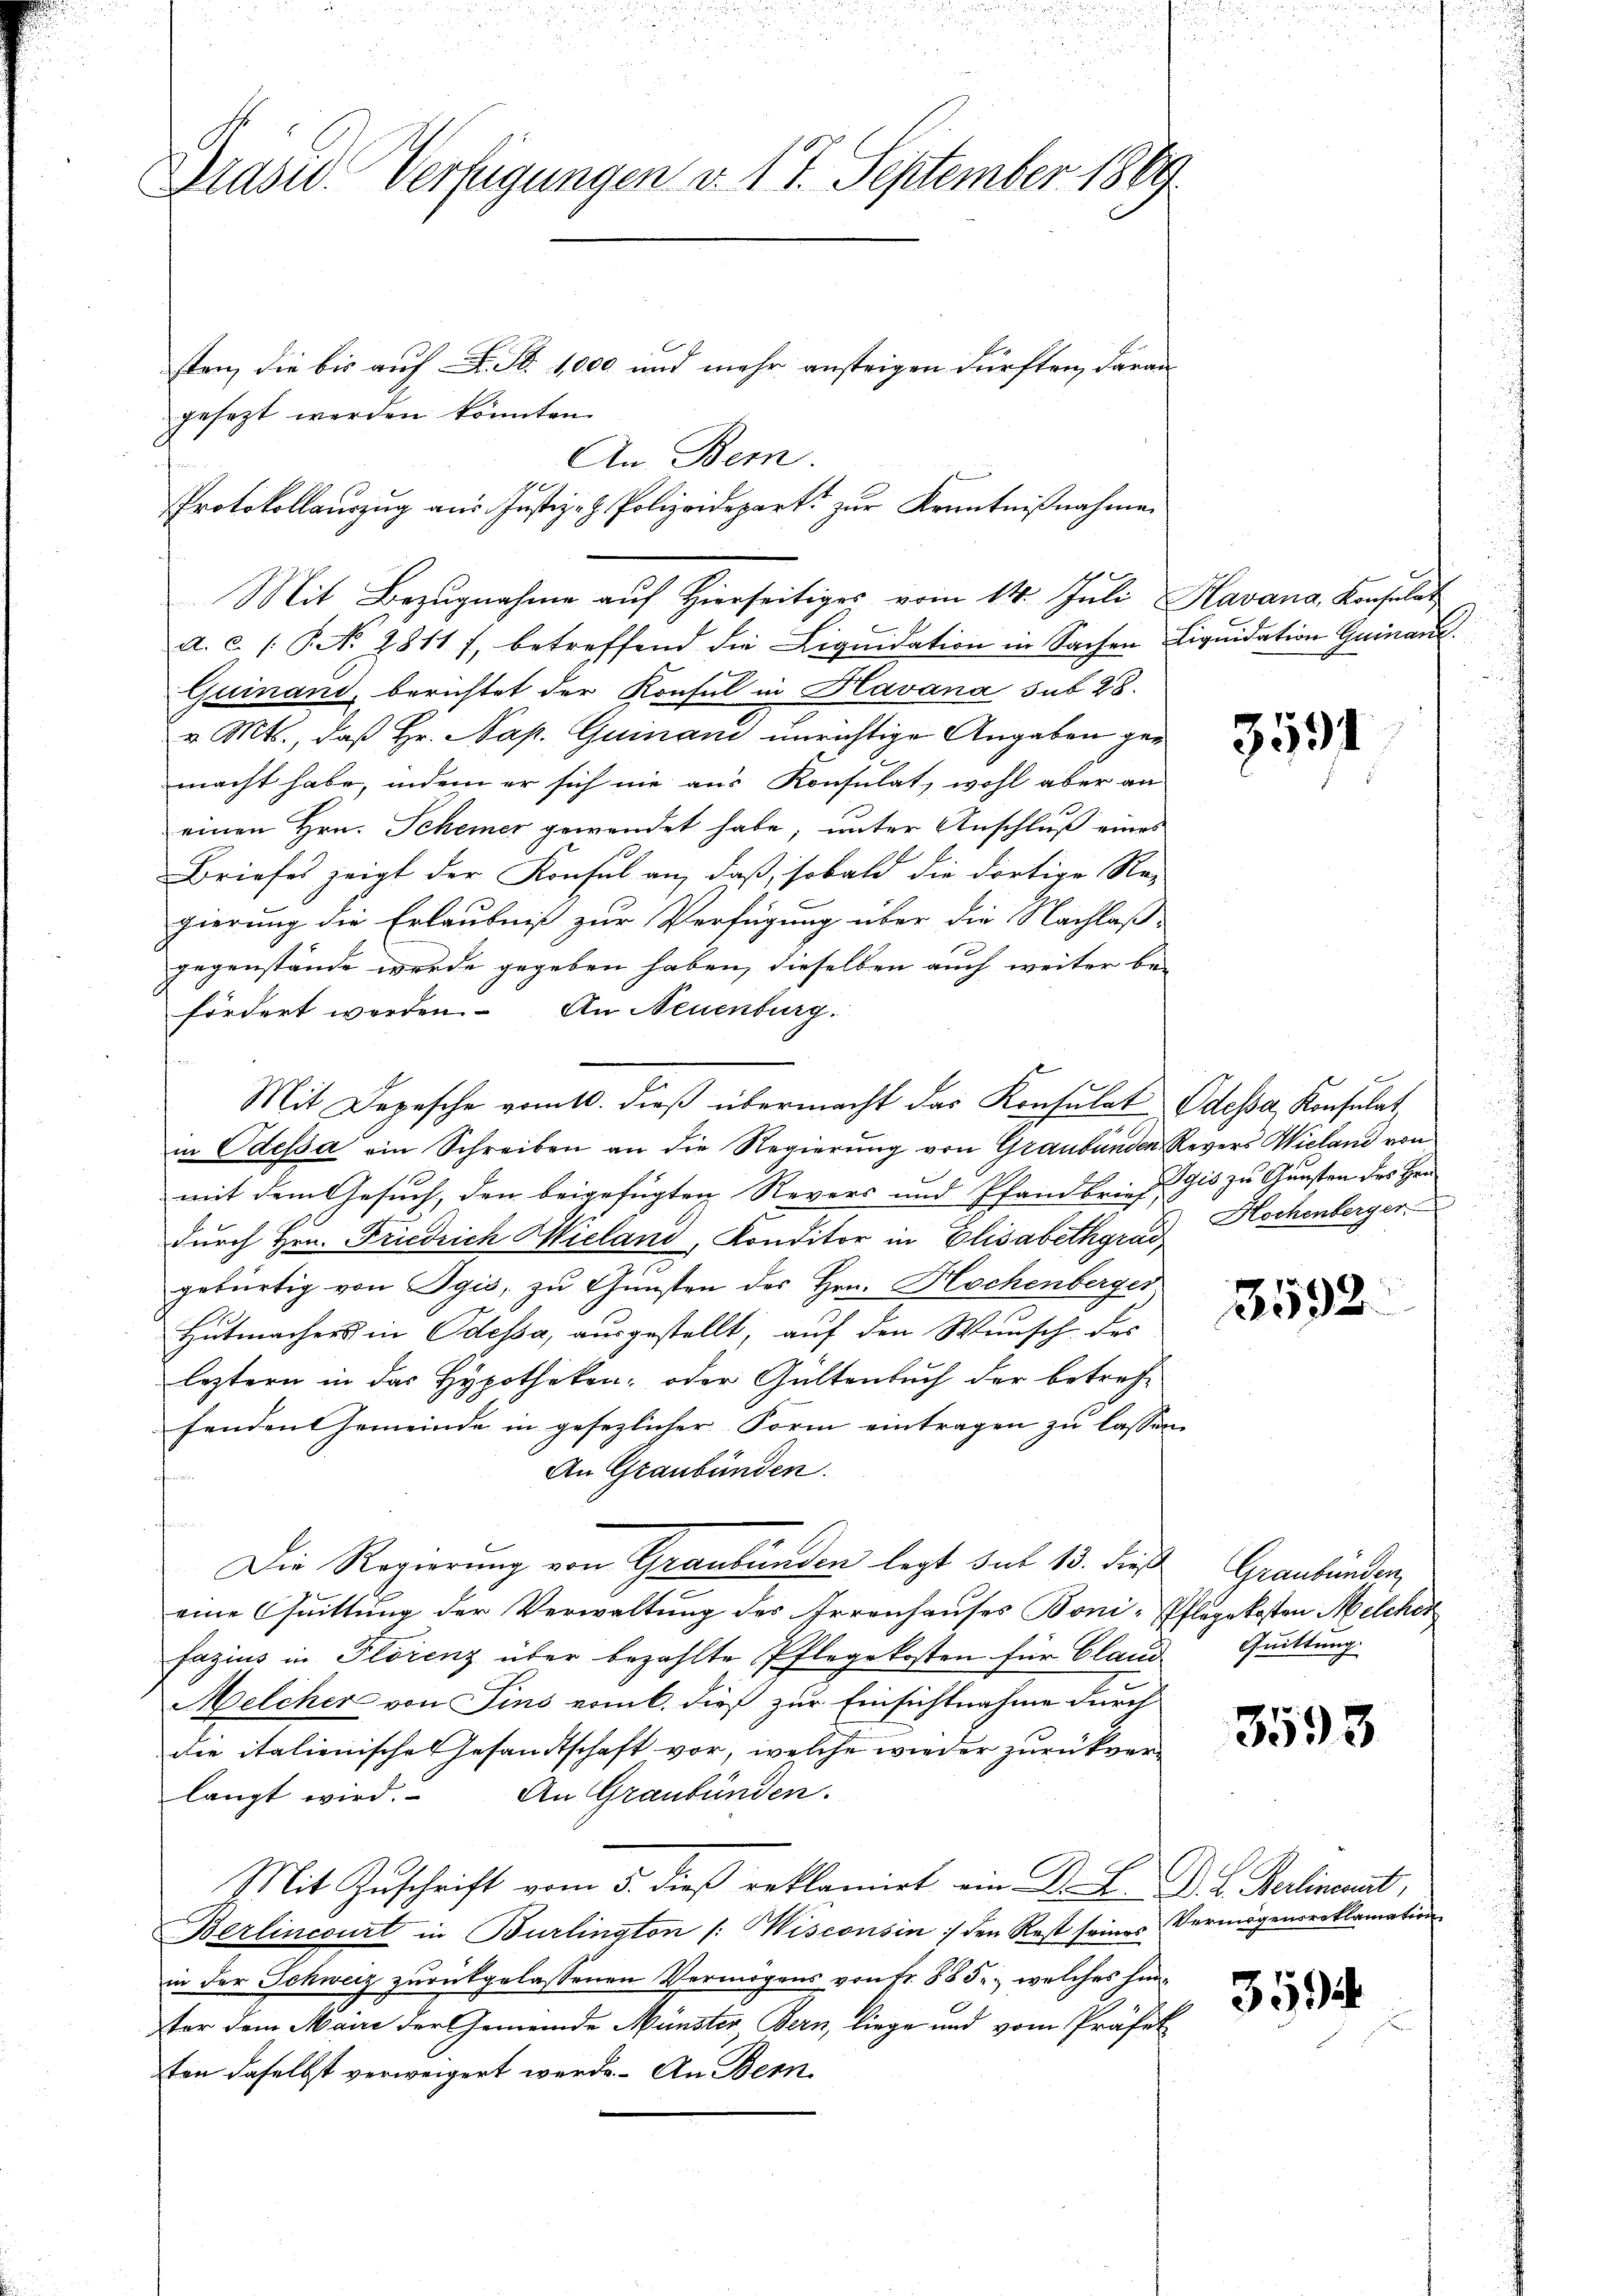
.
Drase. Verfügungen v. 17. September 1869

sten, die bis auf L. S. 1000 und mehr ansteigen dürften, daran
gesezt werden könnten.
An Bern.
Mit Bezugnahme auf Hierseitiges vom 14. Juli, Havana, Konsulat
a. c. /: P. No. 28117, betreffend die Liquidation in Sachen Liquidation Guinanz
Guinand, berichtet der Konsul in Havana sub 28.
v. Mts., daß Hr. Nap. Quinani unrichtige Angaben gemacht habe, indem er sich nie aus Konsulat, wohl aber an
einen Hrn. Scheiner gewendet habe, unter Anschluß eines
Briefes zeigt der Konsul an, daß, sobald die dortige Re-
gierung die Erlaubniß zur Verfügung über die Nachlaß
gegenstände werde gegeben haben, dieselben auch weiter be-
fördert werden. An Neuenburg.
Mit Depesche vom 10. dieß übermacht das Konsulat
in Odessa ein Schreiben an die Regierung von Graubünden Revers Wieland von
mit dem Gesuch, den beigefügten Revers und Pfandbrief Gis zu Gunsten des Her
durch Hrn. Friedrich Wieland, Konditor in Elisabethgrad Hochenberger
gebürtig von Egis, zu Gunsten des Hrn. Kochenberger
Hutmachers in Odessa, ausgestellt, auf den Wunsch des
leztern in das Hypotheken- oder Gültenbuch der betreffenden Gemeinde in gesezlicher Form eintragen zu lassen.
An Graubünden.
Die Regierung von Graubünden legt sub 13. dieß
eine Quittung der Verwaltung des Irrenhauses Boni-
fazius in Florenz über bezahlte Pflegekosten für Claud
Melcher von Sins vom 6. dieß zur Einsichtnahme durch
die italienische Gesandtschaft vor, welche wieder zurückverlangt wird. An Graubünden.
Mit Zuschrift vom 5. dieß reklamirt ein Dr. L. D. B. Berlineant,
Berlincourt in Burlington /: Wisconsin / den Rest seines Vermögensreklamation
in der Schweiz zurückgelassenen Vermögens von Fr. 885. welches hinter dem Maire der Gemeinde Münster Bern, liege und vom Präfek
ten daselbst verweigert werde. An Bern

Protokollauszug aus Justiz- & Polizeidepart zur Kenntnißnahmen

3591

Odessa, Konsulat,

3592.

Graubünden
Pflegekosten Melcher
Quittung

3593.

359